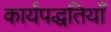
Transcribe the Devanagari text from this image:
कार्यपद्धतियाँ